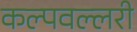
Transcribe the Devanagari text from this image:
कल्पवल्लरी